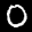
Label: 0